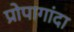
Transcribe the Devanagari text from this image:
प्रोपागांदा